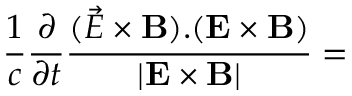
\frac 1 c \frac { \partial } { \partial t } \frac { ( \vec { \cal E } \times { \bf B } ) . ( { \bf E } \times { \bf B } ) } { | { \bf E } \times { \bf B } | } =